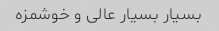
بسیار بسیار عالی و خوشمزه